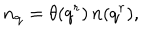
n _ { { \bf q } } = \theta ( q ^ { r } ) \, n ( q ^ { r } ) ,